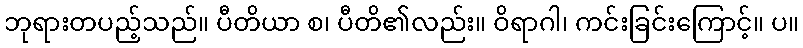
ဘုရားတပည့်သည်။ ပီတိယာ စ၊ ပီတိ၏လည်း။ ဝိရာဂါ၊ ကင်းခြင်းကြောင့်။ ပ။